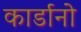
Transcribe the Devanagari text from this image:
कार्डानो